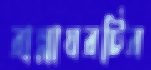
রান্নাঘরটির